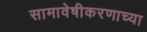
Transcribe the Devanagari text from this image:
सामावेषीकरणाच्या